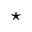
\star